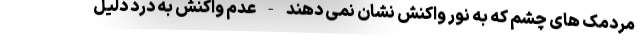
مردمک های چشم که به نور واکنش نشان نمی دهند - عدم واکنش به درد دلیل